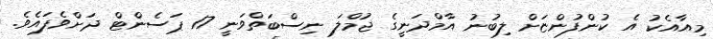
މިއާއެކު އެ ކުންފުންޏަށް ލިބުނު އާމްދަނީގެ ޖުމްލަ ނިސްބަތްވަނީ 17 ޕަސެންޓް ދަށްވެފައެވެ.